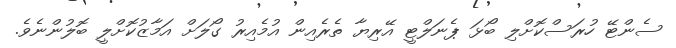
ސެންޓޭ ހުރަސްކޮށްލި ބޯޅަ ޕެނަލްޓީ އޭރިޔާ ތެރެއިން އުމެއިރު ގޯލަށް އަމާޒުކޮށްލީ ބޮލުންނެވެ.